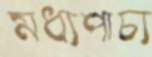
মধ্যপাচ্য